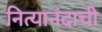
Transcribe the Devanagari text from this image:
नित्यानंदाची